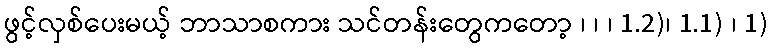
ဖွင့်လှစ်ပေးမယ့် ဘာသာစကား သင်တန်းတွေကတော့ ၊ ၊ ၊ 1.2)၊ 1.1) ၊ 1)